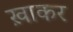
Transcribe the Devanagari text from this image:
ख़ाकर